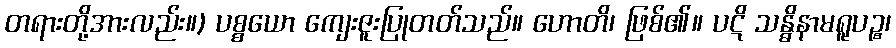
တရားတို့အားလည်း။) ပစ္စယော ကျေးဇူးပြုတတ်သည်။ ဟောတိ၊ ဖြစ်၏။ ပဋိ သန္ဓိနာမရူပဉ္စ၊